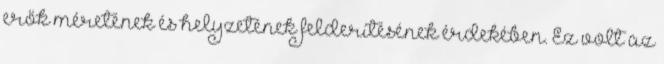
erők méretének és helyzetének felderítésének érdekében. Ez volt az